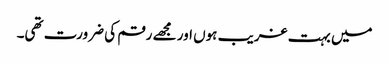
میں بہت غریب ہوں اور مجھے رقم کی ضرورت تھی۔